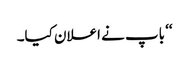
‘‘ باپ نے اعلان کیا۔